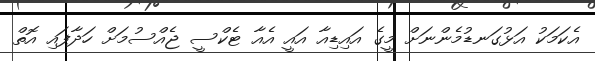
އެކަމަކު އަޅުގަނޑުމެންނަށް މީގެ އައިޑިއާ އައީ އެއާ ޓެކްސީ ޖެއްސުމަށް ހަދާފައި އޮތް